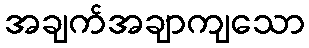
အချက်အချာကျသော